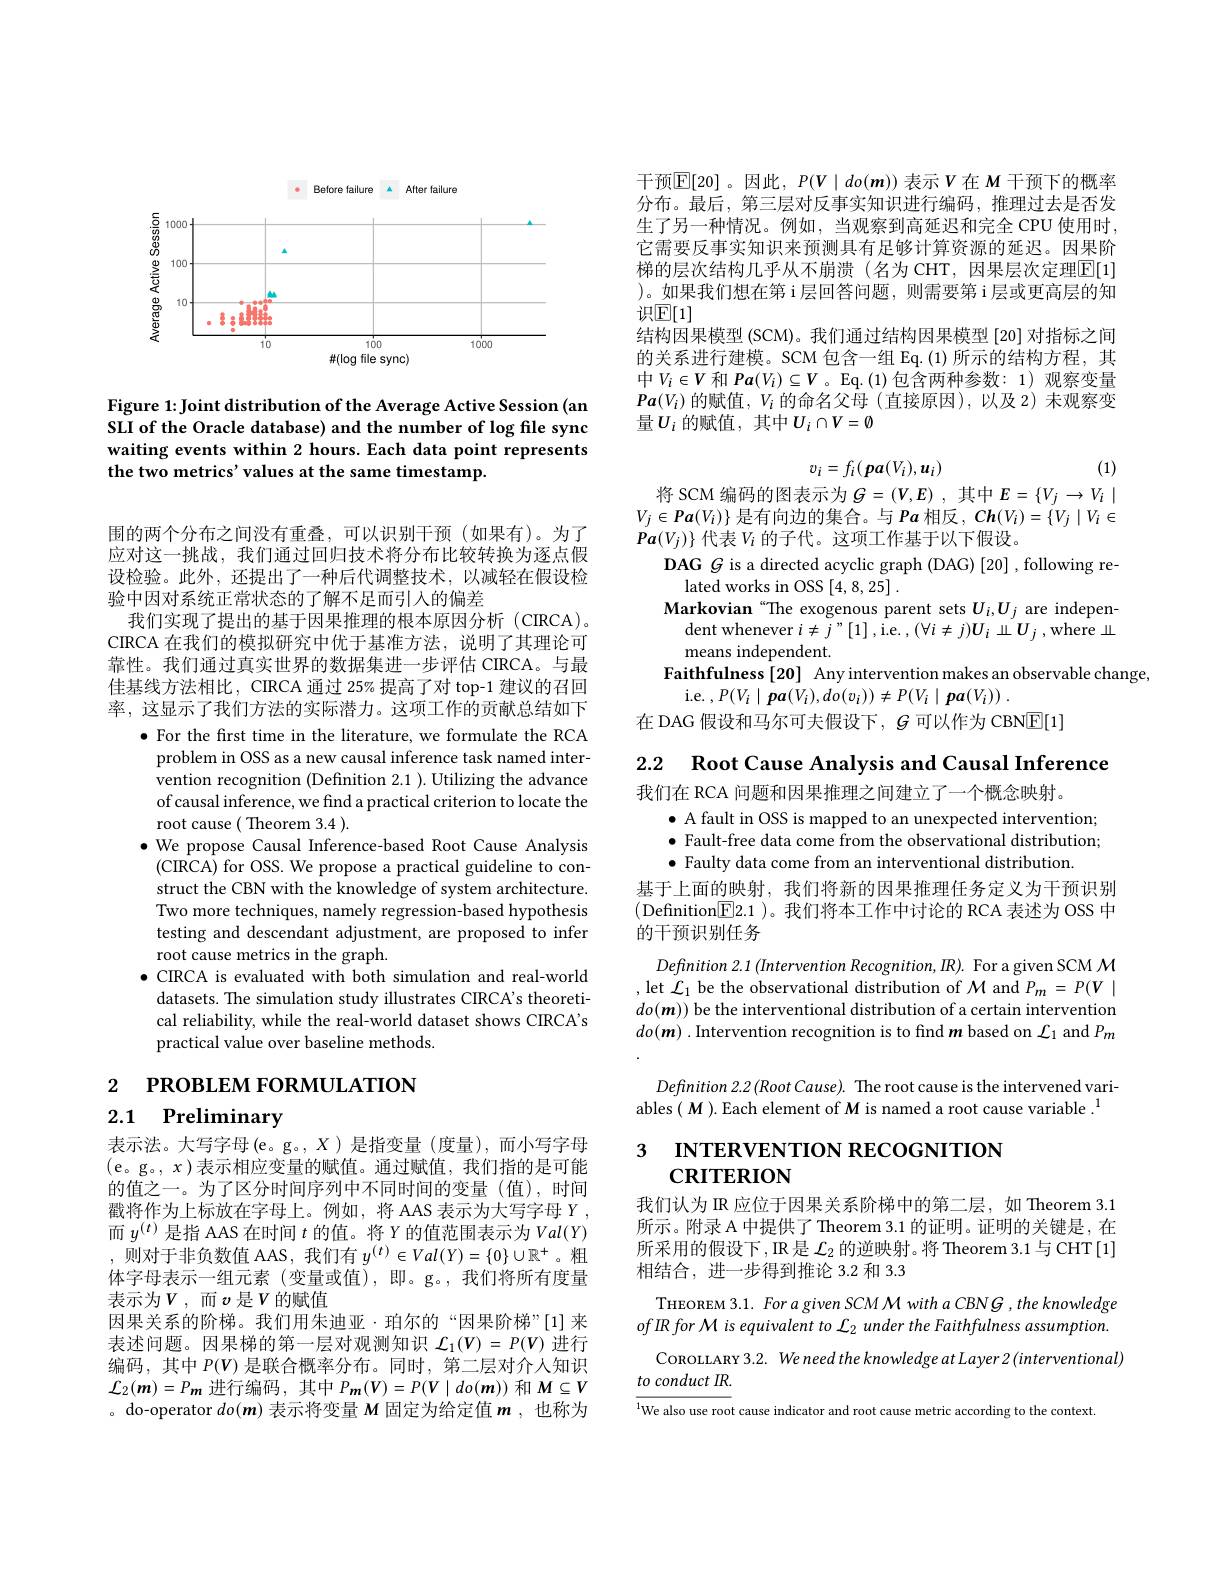
<FigureHere>

Figure 1: Joint distribution of the Average Active Session (an SLI of the Oracle database) and the number of log file sync waiting events within 2 hours. Each data point represents the two metrics' values at the same timestamp.

围的两个分布之间没有重叠，可以识别干预(如果有)。为了应对这一挑战，我们通过回归技术将分布比较转换为逐点假设检验。此外，还提出了一种后代调整技术，以减轻在假设检验中因对系统正常状态的了解不足而引入的偏差
我们实现了提出的基于因果推理的根本原因分析 (CIRCA)。CIRCA 在我们的模拟研究中优于基准方法，说明了其理论可靠性。我们通过真实世界的数据集进一步评估 CIRCA。与最佳基线方法相比，CIRCA 通过 25% 提高了对 top-1 建议的召回率，这显示了我们方法的实际潜力。这项工作的贡献总结如下
$\bullet$ For the first time in the literature, we formulate the RCA problem in OSS as a new causal inference task named intervention recognition (Definition 2.1 ). Utilizing the advance of causal inference, we find a practical criterion to locate the root cause( Theorem 3.4 ).
$\bullet$ We propose Causal Inference-based Root Cause Analysis (CIRCA) for OSS. We propose a practical guideline to construct the CBN with the knowledge of system architecture. Two more techniques, namely regression-based hypothesis testing and descendant adjustment, are proposed to infer root cause metrics in the graph.
$\bullet$ CIRCA is evaluated with both simulation and real-world datasets. The simulation study illustrates CIRCA's theoretical reliability, while the real-world dataset shows CIRCA's practical value over baseline methods.

2 РROВLEM FORMULATION

2.1 $\textbf{Preliminary}$

表示法。大写字母(e。g。,X)是指变量(度量),而小写字母(e。g。$,x)$表示相应变量的赋值。通过赋值，我们指的是可能的值之一。为了区分时间序列中不同时间的变量(值),时间戳将作为上标放在字母上。例如，将 AAS 表示为大写字母$Y$, 而$y^(t)$是指 AAS 在时间$t$的值。将$Y$的值范围表示为$Val(Y)$ ,则对于非负数值 AAS, 我们有 $y^(t)\in Val(Y)=\{0\}\cup\mathbb{R}^+$。粗体字母表示一组元素(变量或值),即。g。,我们将所有度量表示为$V$,而$v$是$V$的赋值
因果关系的阶梯。我们用朱迪亚·珀尔的“因果阶梯”[1] 来表述问题。因果梯的第一层对观测知识$\mathcal{L}_1(V)=P(V)$进行编码，其中$P(V)$是联合概率分布。同时，第二层对介人知识$\mathcal{L}_{2}(\boldsymbol{m})=P_{\boldsymbol{m}}$进行编码，其中$P_\boldsymbol{m}(\boldsymbol{V})=P(\boldsymbol{V}\mid do(\boldsymbol{m}))$和$\boldsymbol M\subseteq V$ 。do-operator $do(m)$表示将变量$M$固定为给定值$m$,也称为

干预$\mathbb{E}[20]$。因此$,P(V\mid do(m))$ 表示$V$在$M$ 干预下的概率分布。最后，第三层对反事实知识进行编码，推理过去是否发生了另一种情况。例如，当观察到高延迟和完全 CPU 使用时， 它需要反事实知识来预测具有足够计算资源的延迟。因果阶梯的层次结构几乎从不崩溃(名为 CHT,因果层次定理$\boxed{\mathrm{E}}[1]$ )。如果我们想在第 i层回答问题，则需要第 i 层或更高层的知识$\mathbb{E}[1]$
结构因果模型 (SCM)。我们通过结构因果模型 [20] 对指标之间的关系进行建模。SCM 包含一组 Eq.(1) 所示的结构方程，其中$V_i\in V$和$Pa(V_i)\subseteq V$。Eq.(1)包含两种参数：1)观察变量$\boldsymbol{Pa}(V_{i})$的赋值，$V_i$的命名父母 (直接原因),以及 2) 未观察变量$U_i$ 的赋值，其中$U_i\cap V=\emptyset$
$$v_i=f_i(\boldsymbol{pa}(V_i),\boldsymbol{u}_i)$$
(1)

将 SCM 编码的图表示为$G=(V,E)$ ,其中$E=\{V_j\to V_i\mid$ $V_j\in Pa(V_i)\}$是有向边的集合。与$Pa$相反，$Ch(V_i)=\{V_j\mid V_i\in$ $Pa(V_j)\}$代表$V_i$的子代。这项工作基于以下假设。
DAG $G$ is a directed acyclic graph (DAG) [20] , following re-
lated works in OSS [4,8,25]
Markovian “The exogenous parent sets $U_i,U_j$ are indepen-
dent whenever $i\neq j" [ 1] $,i.e.$,(\forall i\neq j)U_i\amalg U_j$,where $\perp$
means independent.
Faithfulness [20] Any intervention makes an observable change,
i.e. $, P( V_{i}\mid \boldsymbol{pa}( V_{i}) , do( v_{i}) ) \neq P( V_{i}\mid \boldsymbol{pa}( V_{i}) )$ .
在 DAG 假设和马尔可夫假设下，$g$可以作为 CBN$\boxed{\mathbb{F}}[1]$

2.2 Root Cause Analysis and Causal Inference
我们在 RCA 问题和因果推理之间建立了一个概念映射。
$\bullet$ A fault in OSS is mapped to an unexpected intervention; $\bullet$ Fault-free data come from the observational distribution; $\bullet$ Faulty data come from an interventional distribution.
基于上面的映射，我们将新的因果推理任务定义为干预识别(Definition$\boxed{\mathrm{F}}2.1)$。我们将本工作中讨论的 RCA 表述为 OSS 中的干预识别任务
Definition 2.1 (Intervention Recognition, IR). For a given SCM M , let $\mathcal{L}_1$ be the observational distribution of $\mathcal{M}$ and $P_m=P(V\mid$ $do(\boldsymbol{m}))$ be the interventional distribution of a certain intervention $do(\boldsymbol{m})$ .Intervention recognition is to find $\boldsymbol m$ based on $\mathcal{L}_1$ and $P_m$
$Definition2.2\left(Root\textit{Cause}\right).$ The root cause is the intervened vari-

ables( M ). Each element of M is named a root cause variable $.^1$

# 3 INTERVENTION RECOGNITION CRITERION

我们认为 IR 应位于因果关系阶梯中的第二层，如 Theorem 3.1所示。附录 A 中提供了 Theorem 3.1 的证明。证明的关键是，在所采用的假设下，IR是$\mathcal{L}_2$的逆映射。将 Theorem 3.1 与 CHT[1] 相结合，进一步得到推论 3.2 和 3.3

THEOREM 3.1. For a given SCM M with a CBNG , the knowledge of IR for M is equivalent to L2 under the Faithfulness assumption.
CoROLLARY 3.2. We need the knowledge at Layer 2 (interventional)
to conduct IR.
${^{1}\text{We also use root cause indicator and root cause metric according to the context}}$